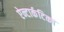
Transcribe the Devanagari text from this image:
ऐन्टार्कटिका